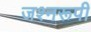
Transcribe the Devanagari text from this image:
जश्नरूपी